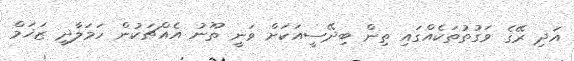
އަދި ރޭގެ ވަގުތުތަކެއްގައި ތިން ބިދޭސީއަކަށް ވަނީ ތޫނު އެއްޗަކުން ހަމަލާދީ ޒަޚަމް